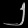
Digit: ၂